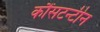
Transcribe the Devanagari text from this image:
कौंसटन्टीन